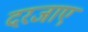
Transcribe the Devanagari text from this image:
दरजाए